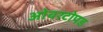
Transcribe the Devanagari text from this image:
ओवरटोपड